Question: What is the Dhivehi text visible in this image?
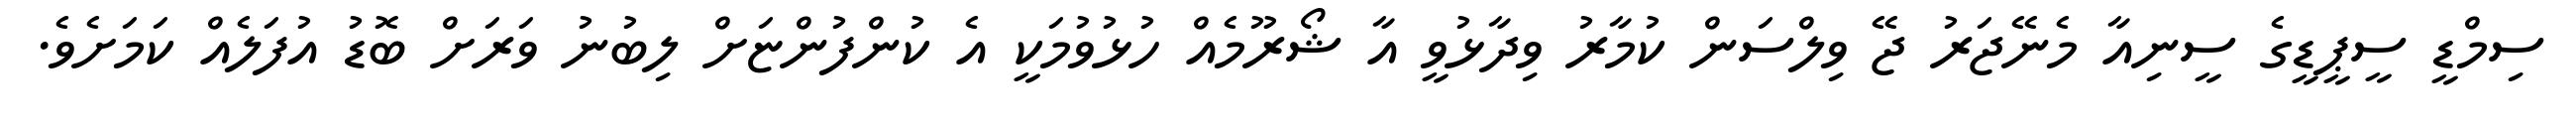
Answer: ސިމްޑީ ސީޕީޑީގެ ސީނިއާ މެނޭޖަރު ޖޭ ވިލްސަން ކުމާރު ވިދާޅުވީ އާ ޝޯރޫމެއް ހުޅުވުމަކީ އެ ކުންފުންޏަށް ލިބުނު ވަރަށް ބޮޑު އުފަލެއް ކަމަށެވެ.